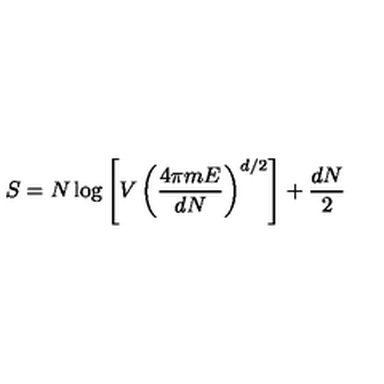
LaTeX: S = N \log \left[ V \left( \frac { 4 \pi m E } { d N } \right) ^ { d / 2 } \right] + \frac { d N } { 2 }